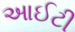
આઈટી